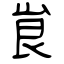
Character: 峎